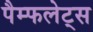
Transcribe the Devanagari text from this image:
पैम्फलेट्स